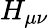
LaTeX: H_{\mu\nu}